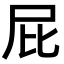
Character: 屁